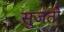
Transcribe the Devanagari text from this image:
सुजतो